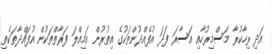
އަދި ރިހާކުރާ މަސްމިރުހާއި އަސާރަ ފަދަ އުފެއްދުންތަކުގެ އިތުރުން އަމިއްލަ ފަރާތްތަކުން އުފައްދާތަކެތި